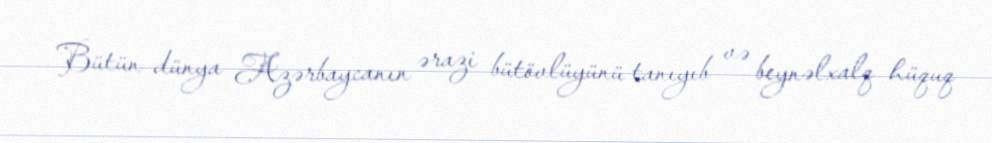
Bütün dünya Azərbaycanın ərazi bütövlüyünü tanıyıb və beynəlxalq hüquq